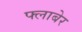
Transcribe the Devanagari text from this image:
फ्लाबेर